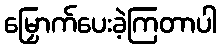
မြှောက်ပေးခဲ့ကြတာပါ